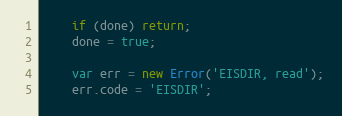
Language: JavaScript
    if (done) return;
    done = true;

    var err = new Error('EISDIR, read');
    err.code = 'EISDIR';